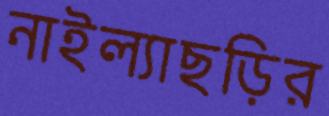
নাইল্যাছড়ির